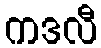
ကဒလီ